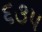
૬૩૫